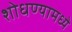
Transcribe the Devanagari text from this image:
शोधण्यामध्ये